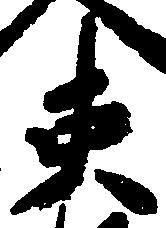
吏